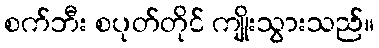
စက်ဘီး စပုတ်တိုင် ကျိုးသွားသည်။